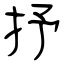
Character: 抒